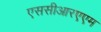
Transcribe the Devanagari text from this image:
एससीआरएएम